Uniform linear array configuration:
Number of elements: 24
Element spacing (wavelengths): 0.25
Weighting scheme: exponential
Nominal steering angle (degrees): -45
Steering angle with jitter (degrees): -43.943
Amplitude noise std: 0.05
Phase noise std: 0.05

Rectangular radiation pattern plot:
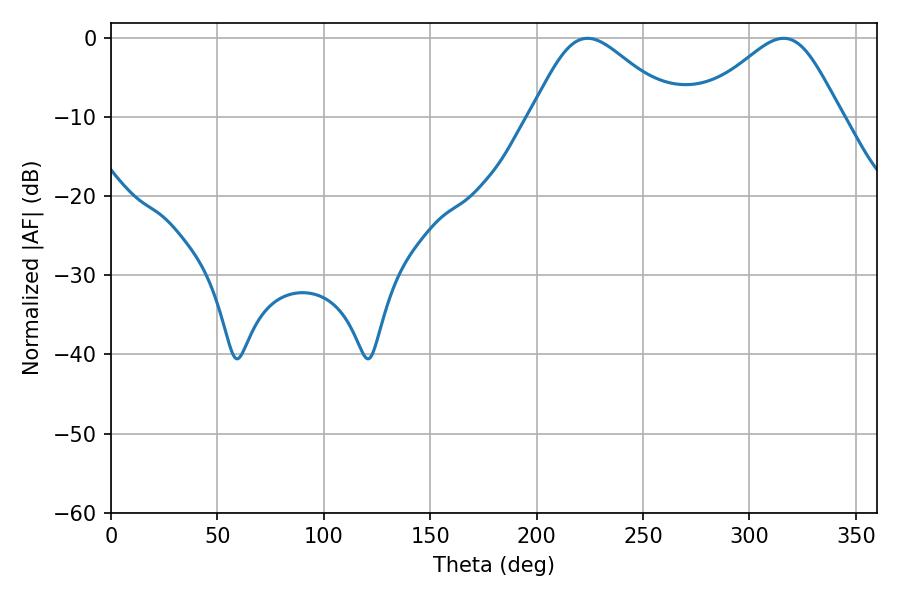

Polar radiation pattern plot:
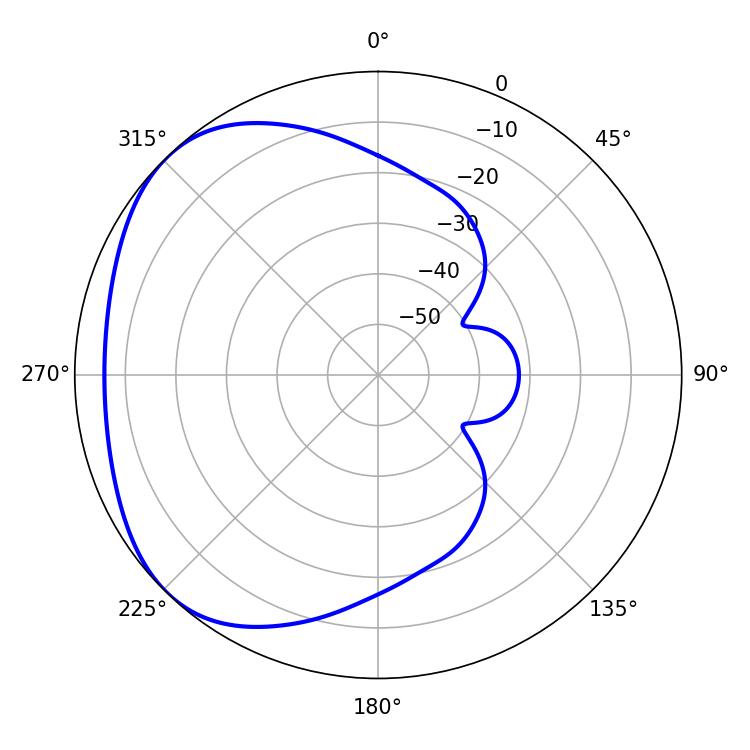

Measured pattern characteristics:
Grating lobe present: FALSE
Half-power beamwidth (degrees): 33.84
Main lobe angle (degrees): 223.92